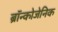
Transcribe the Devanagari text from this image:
ब्रॉन्कोजेनिक